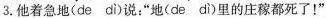
3.他着急\underset{·}{地}(de di)说：”\underset{·}{地}(de di)里的庄稼都死了！”